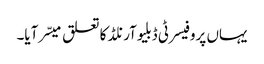
یہاں پروفیسر ٹی ڈبلیوآرنلڈ کا تعلق میسّر آیا۔